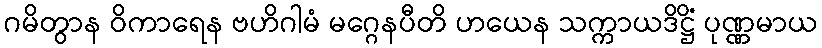
ဂမိတွာန ဝိကာရေန ဗဟိဂါမံ မဂ္ဂေနပီတိ ဟယေန သက္ကာယဒိဋ္ဌိံ ပုဏ္ဏမာယ